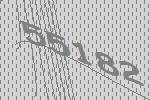
55182